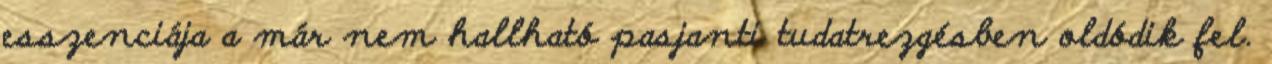
esszenciája a már nem hallható pasjanti tudatrezgésben oldódik fel.